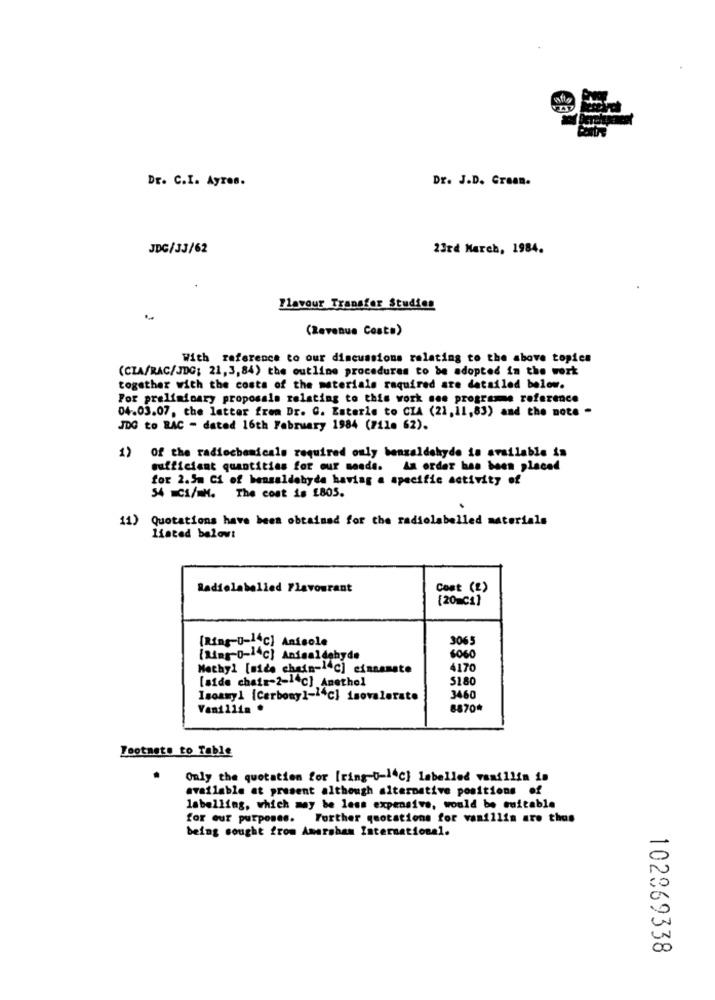
Dr. C.I. Ayres.
Dr. J.D. Graan.
JDC/33/62
23rd March, 1984.
Flavour Transfer Studies
(Revenue Costs)
With reference to our discussions relating to the above topics
(CIA/RAC/JDG; 21, 3, 84) the outline procedures to be adopted in the work
together with the costs of the materials required are detailed below.
For preliminary proposals relating to this work see programe reference
04.03.07, the letter from Dr. C. Esterle to CIA (21,11,83) and the note -
JDG to RAC - dated 16th February 1984 (711. 62).
1)
Of the radiochemicals required only benzaldehyde is available is
sufficient quantities for our nende. An order has been placed
for 2.5m Ci of benzaldehyde having a specific activity of
54 Ci/mM. The cost is 1805.
11) Quotations have been obtained for the radiolabelled materials
listed belowt
Radiolabelled Flavourant
Cont (2)
[20=C1]
[Ring-o-14c] Anisole
3065
[Ring-O-14℃] Anisaldehyde
Methyl [side chain-14c] cinnamate
4170
[side chair-2-14c] Anethel
51.80
Isoamy1 [Carbony]-14c] isovalerate
3460
8870*
Footmets to Table
Only the quotation for [ring-o-l4c] labelled vanillin in
available at present although alternative positions of
labelling, which may be less expensive, would be suitable
for our purposes. Further quotations for vanillin are thos
being sought from Amersham International.
102969338